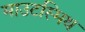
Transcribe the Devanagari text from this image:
माउटस्मिथ